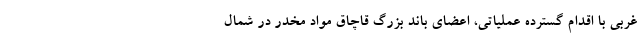
غربی با اقدام گسترده عملیاتی، اعضای باند بزرگ قاچاق مواد مخدر در شمال